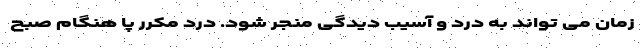
زمان می تواند به درد و آسیب دیدگی منجر شود. درد مکرر پا هنگام صبح